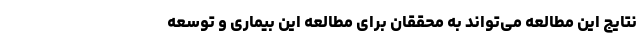
نتایج این مطالعه می‌تواند به محققان برای مطالعه این بیماری و توسعه